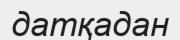
датқадан